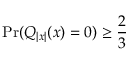
\mathrm { P r } ( Q _ { | x | } ( x ) = 0 ) \geq { \frac { 2 } { 3 } }